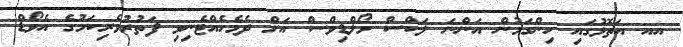
އއ އަތޮޅުގައި ހިންގަމުން އަންނަ ލަކްސް މޯލްޑިވްސް އަށް ދެމެހެއްޓެނިވި ފަތުރުވެރިކަމުގެ އެވޯޑް